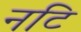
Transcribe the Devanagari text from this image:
नटि